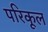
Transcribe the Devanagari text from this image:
परिकूल